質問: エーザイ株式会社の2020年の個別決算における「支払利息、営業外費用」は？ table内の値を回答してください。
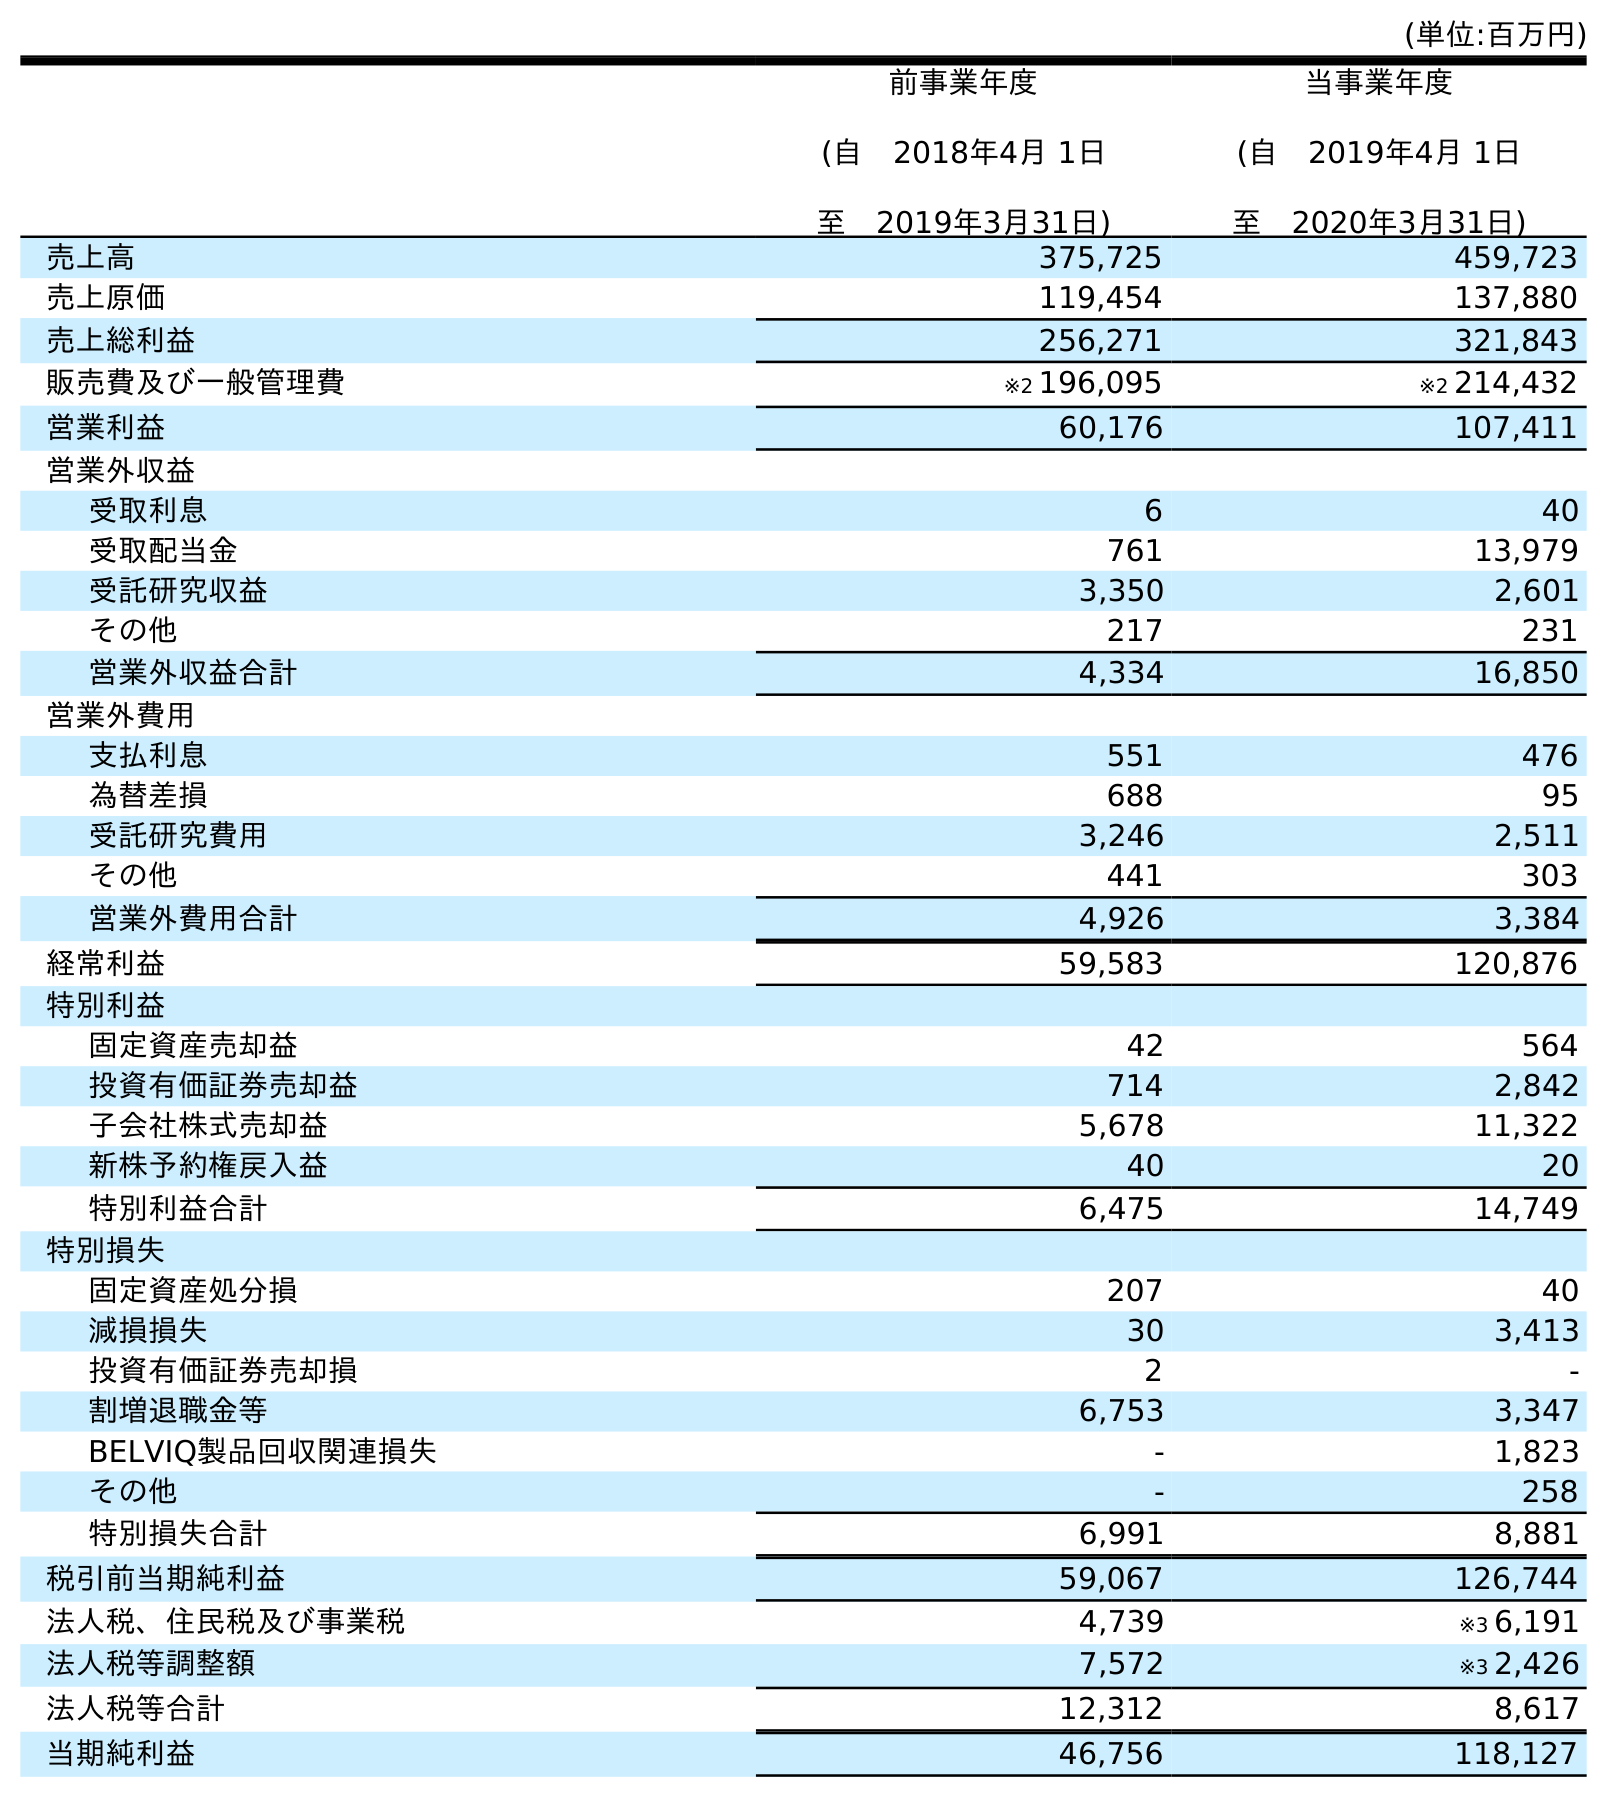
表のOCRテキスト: (単位:百万円) 前事業年度 (自 2018年4月 1日 至 2019年3月31日) 当事業年度 (自 2019年4月 1日 至 2020年3月31日) 売上高 375,725 459,723 売上原価 119,454 137,880 売上総利益 256,271 321,843 販売費及び一般管理費 ※2 196,095 ※2 214,432 営業利益 60,176 107,411 営業外収益 受取利息 6 40 受取配当金 761 13,979 受託研究収益 3,350 2,601 その他 217 231 営業外収益合計 4,334 16,850 営業外費用 支払利息 551 476 為替差損 688 95 受託研究費用 3,246 2,511 その他 441 303 営業外費用合計 4,926 3,384 経常利益 59,583 120,876 特別利益 固定資産売却益 42 564 投資有価証券売却益 714 2,842 子会社株式売却益 5,678 11,322 新株予約権戻入益 40 20 特別利益合計 6,475 14,749 特別損失 固定資産処分損 207 40 減損損失 30 3,413 投資有価証券売却損 2 - 割増退職金等 6,753 3,347 BELVIQ製品回収関連損失 - 1,823 その他 - 258 特別損失合計 6,991 8,881 税引前当期純利益 59,067 126,744 法人税、住民税及び事業税 4,739 ※3 6,191 法人税等調整額 7,572 ※3 2,426 法人税等合計 12,312 8,617 当期純利益 46,756 118,127
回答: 476